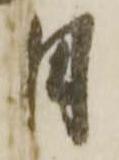
日